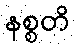
နစ္စတိ